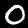
Label: 0